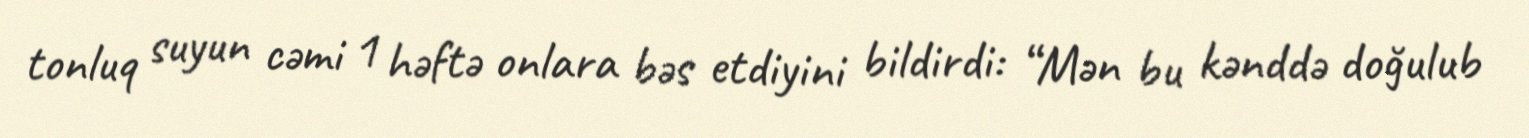
tonluq suyun cəmi 1 həftə onlara bəs etdiyini bildirdi: “Mən bu kənddə doğulub